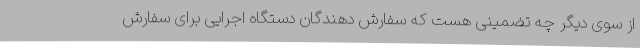
از سوی دیگر چه تضمینی هست که سفارش دهندگان دستگاه اجرایی برای سفارش